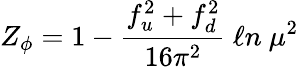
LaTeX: Z_{\phi}=1-{\frac{f_{u}^{2}+f_{d}^{2}}{16\pi^{2}}}\ \ell n\ \mu^{2}